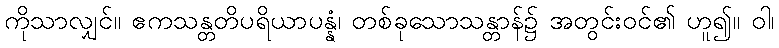
ကိုသာလျှင်။ ဧကသန္တတိပရိယာပန္နံ၊ တစ်ခုသောသန္တာန်၌ အတွင်းဝင်၏ ဟူ၍။ ဝါ၊